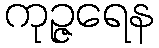
ကုဉ္ဇရေန